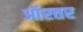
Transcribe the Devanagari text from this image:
ऑरतर